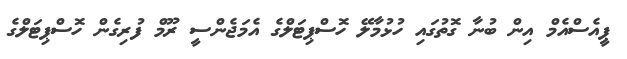
ޕީއެސްއެމް އިން ބުނާ ގޮތުގައި ހުޅުމާލޭ ހޮސްޕިޓަލްގެ އެމަޖެންސީ ރޫމް ފުރިގެން ހޮސްޕިޓަލްގެ